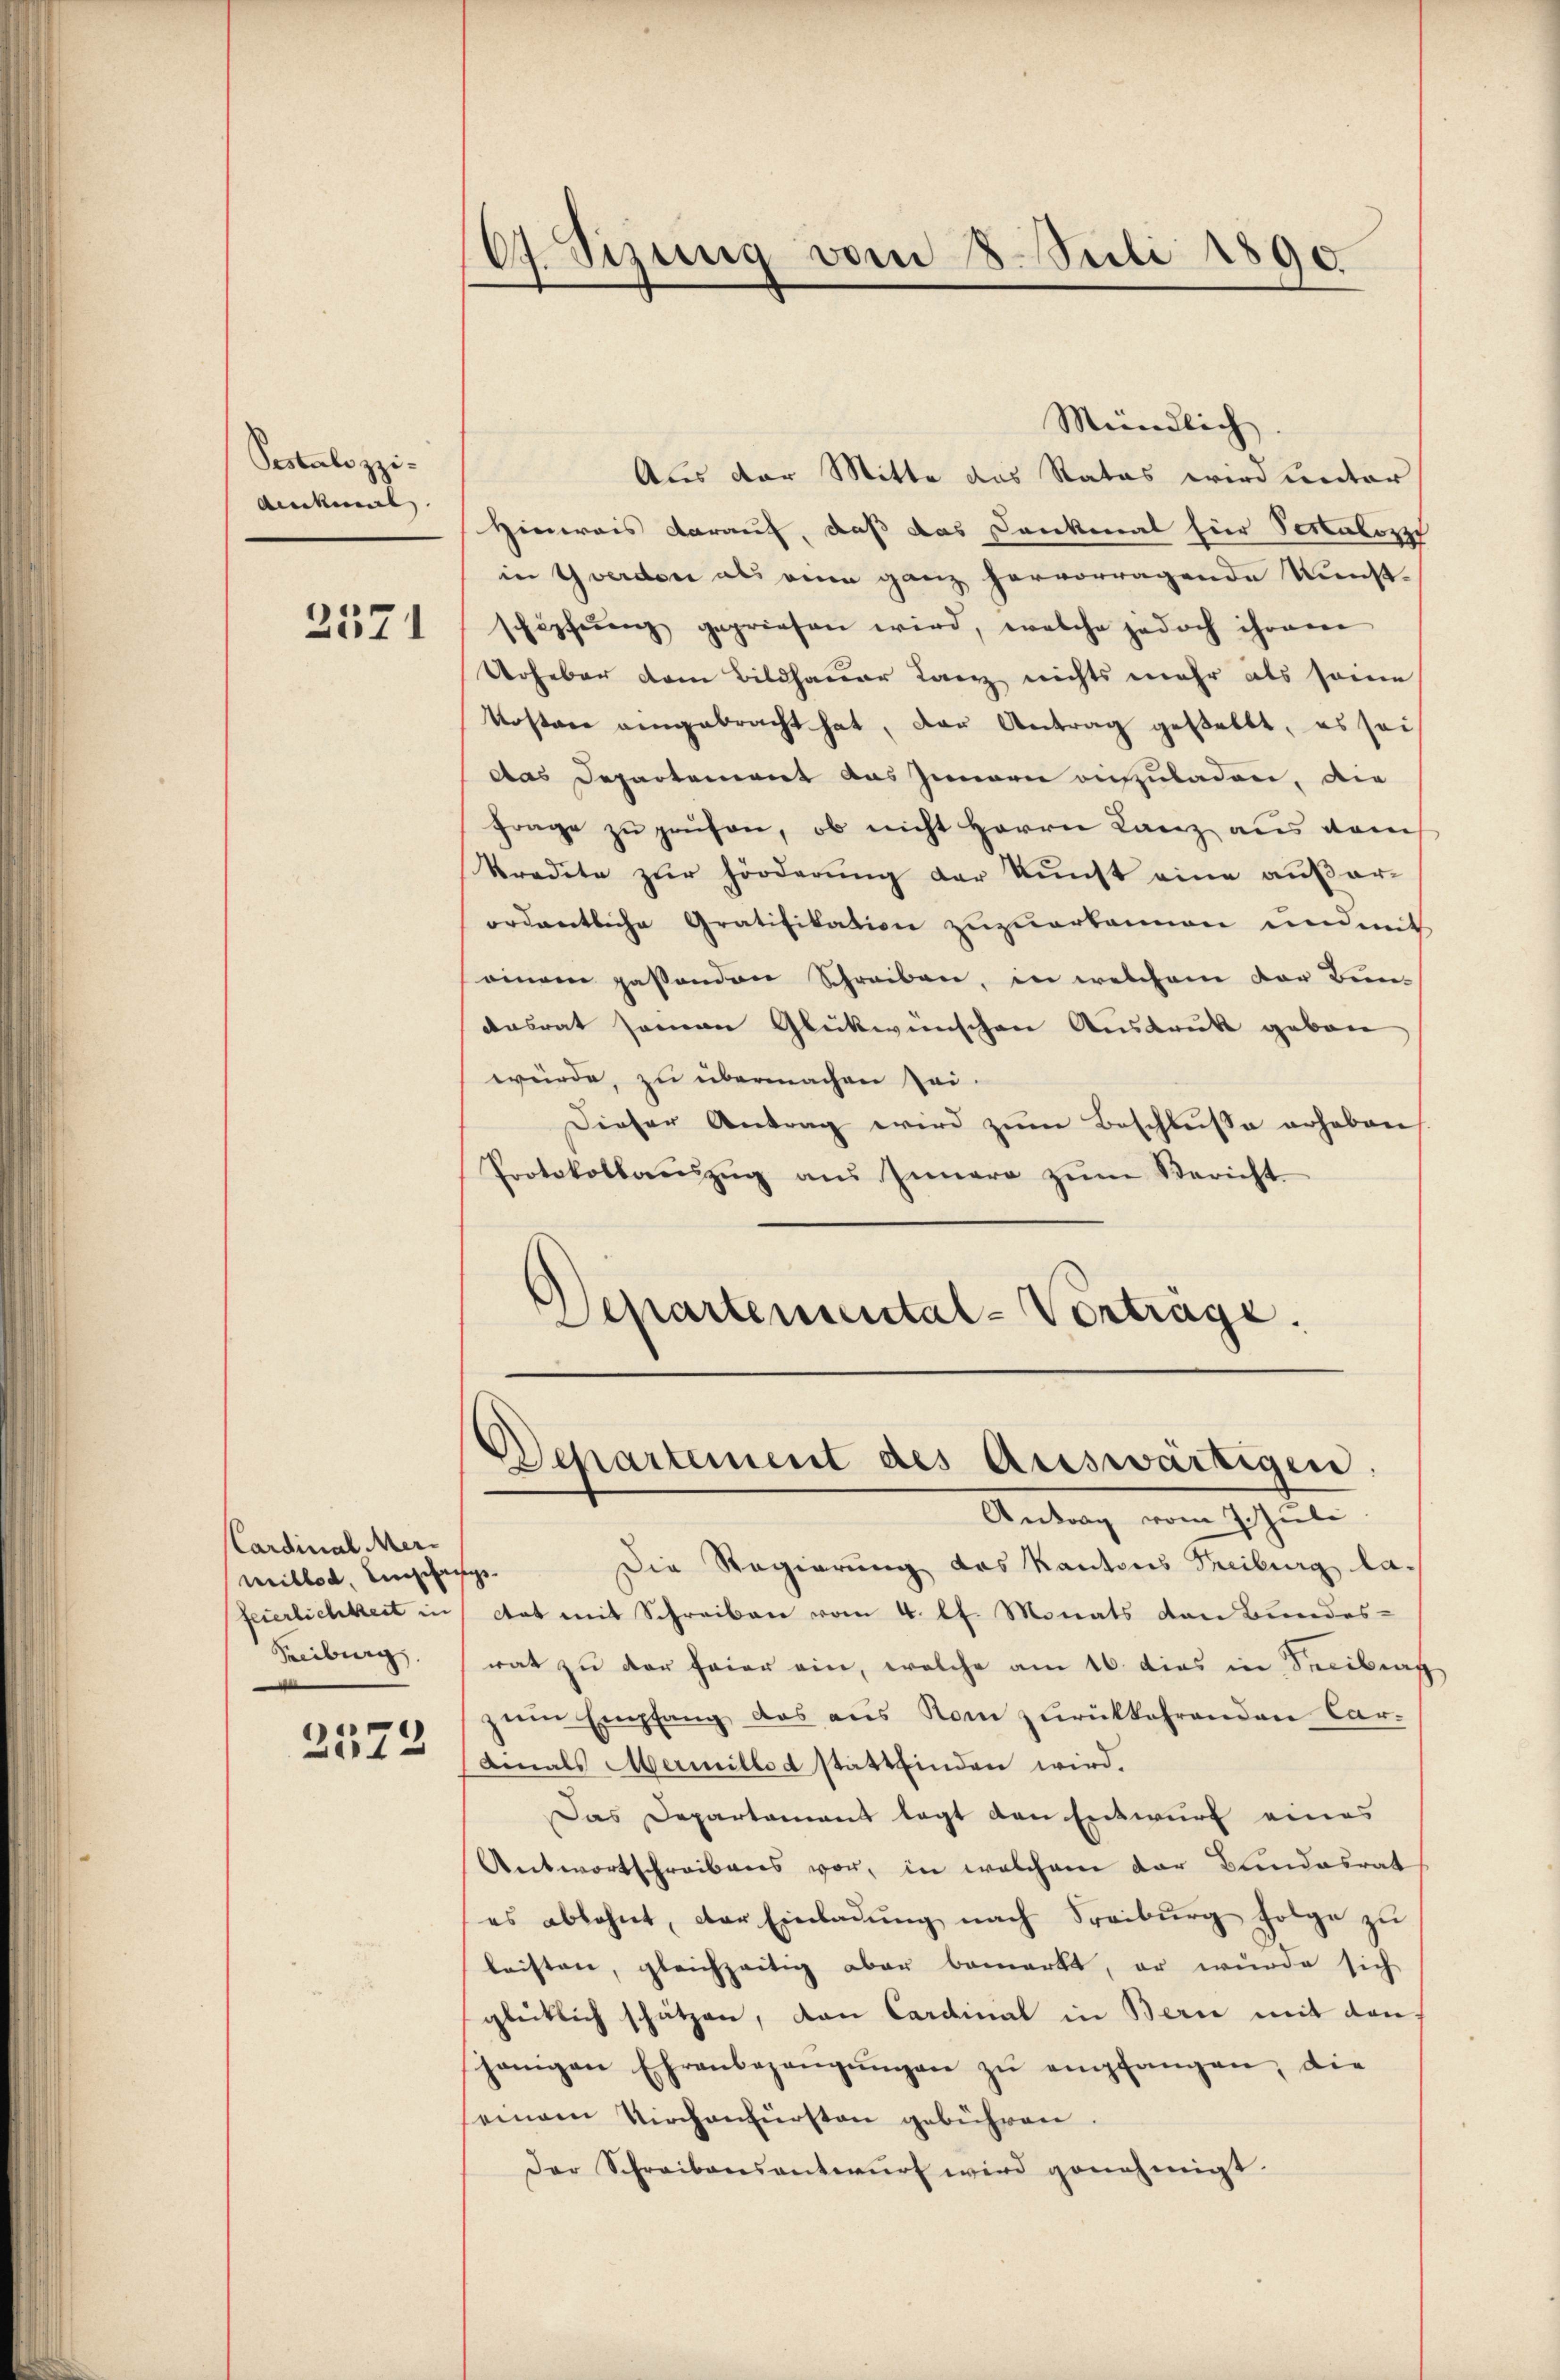
Pestalozzidenckel |

2571

Cardinal ermillen, Einschang.
feierlichkeit
Treiburg.

2572

6.Sizung vom 8. Juli 1890

Mündlich
Aus der Mitte das Rates wird unter
Hinweis darauf, daß das Dankmal hier Testalozzi
in Yverden als eine ganz hervorragende Kunst-
schöpfeŭng gepriesen wird, welche jedoch ihrem
Urheber dem Bildhauer Lanz nichts mehr als seine
Kosten angebracht hat, der Antrag gestellt, es sei
das Departement das Innern anzuladen, die
Frage zu Hausen, ob nicht Herrn Lanz aus dem
kredite zŭr Forderŭng der kunst eine außerordentliche Gratifikation zuzuerkannen und mit
einem passenden Schreiben, in welchem der Bundasrat seien Glückwünschen Ausdruk gebon
würde, zu übermachen sei.
Dieser Antrag wird zum Beschlusse erheben
Protokollaŭszŭg aŭs Innere zŭm Bericht.
Departemental-Verträge.

Departement des Auswärtigen
Antrag vom 7. Zieli

Die Regierung das Kantons Treiburg lactat mit Schreiben vom 4. lt. Monats von Bundes-
rat zu der Feier ein, welche am 16. dies in Seeibrac
zŭm Empfang das aus Rom zurückkehrenden Car-
amals Mermillet stattfinden wird.
Das Departamant legt den Entwurf eines
Antwortschreibens vor, in welchem der Bundesrat
es ablehnt, der Einladung nach Freiburg folge zu
leisten, gleichzeitig aber bemerkt, er wurde sich
glücklich schätzen, den Cardinal in Bern mit den
jenigen Ehrenbezeugungen zu empfangen, die
seinem Kirchenfürsten gebühren
Der Schreibensantwurf wird genehmigt.